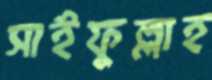
সাইফুল্লাহ